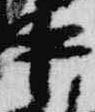
中